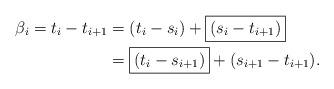
LaTeX: \begin{align*} \beta_i = t_i-t_{i+1} &= (t_i-s_i)+\boxed{(s_i-t_{i+1})} \\ &= \boxed{(t_i-s_{i+1})}+(s_{i+1}-t_{i+1}).\end{align*}